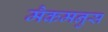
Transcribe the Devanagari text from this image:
मैकमनुस